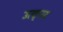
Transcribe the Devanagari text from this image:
उत्कृस्ट